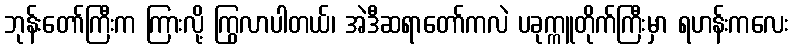
ဘုန်းတော်ကြီးက ကြားလို့ ကြွလာပါတယ်၊ အဲဒီဆရာတော်ကလဲ ပခုက္ကူတိုက်ကြီးမှာ ရဟန်းကလေး